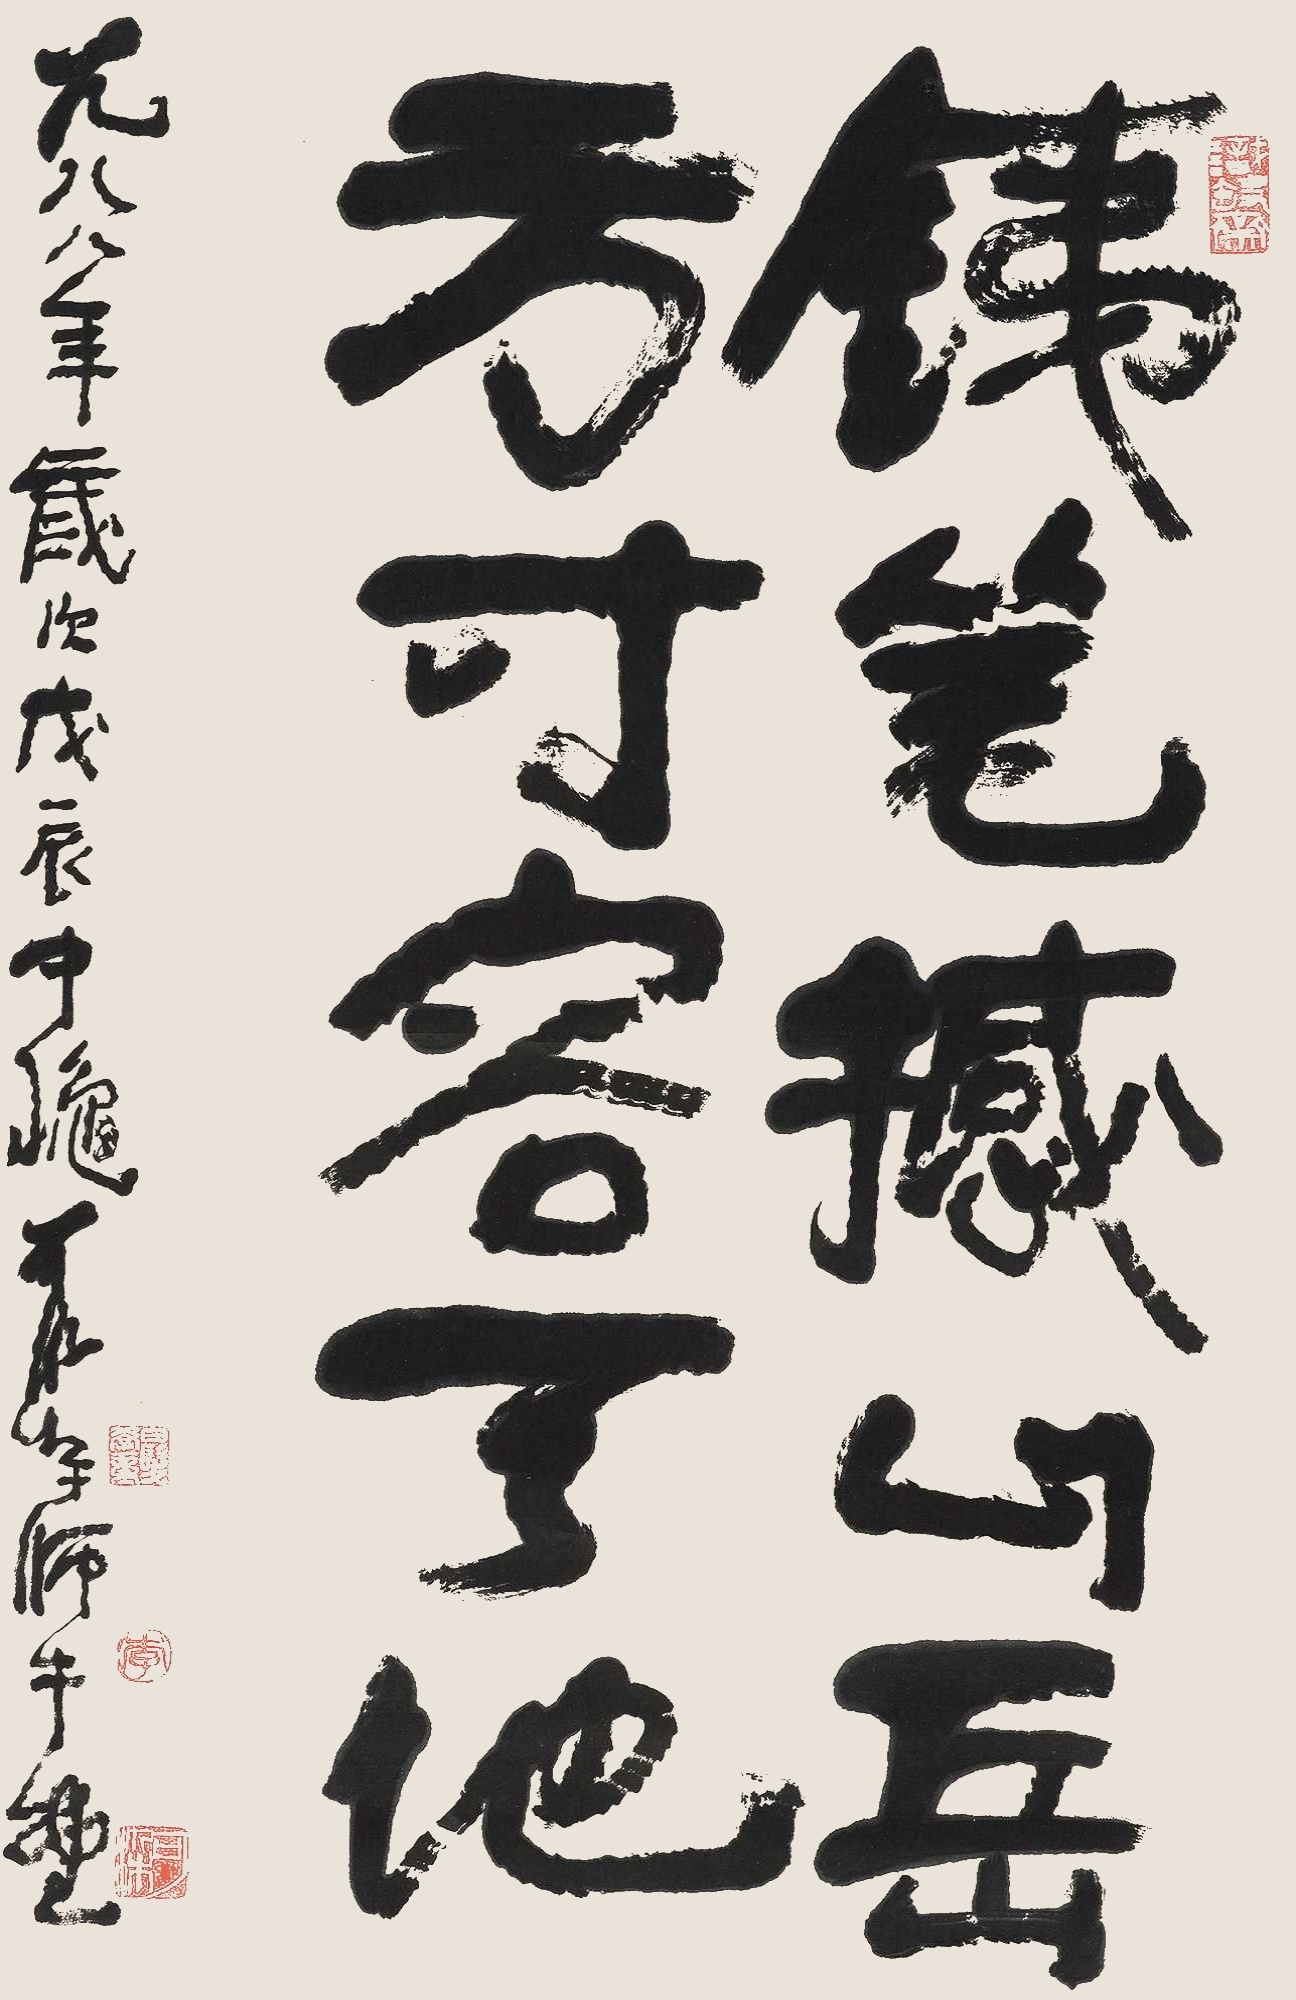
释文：铁笔撼山岳，方寸容天地。一九八八年岁次戊辰中秋，可染于师牛堂。